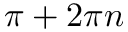
\pi + 2 \pi n